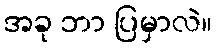
အခု ဘာ ပြမှာလဲ။